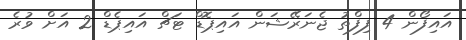
އައިފޯން 4 ފިފްތު ޖެނަރޭޝަން އައިޕޮޑް ޓަޗް އައިޕެޑް 2 އަށް ވުރެ